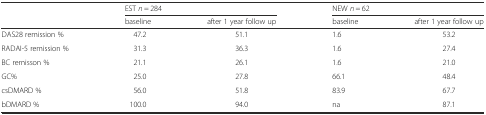
| <ROWSPAN=2>  | <COLSPAN=2> EST n = 284 | <COLSPAN=2> NEW n = 62 |
 | baseline | after 1 year follow up | baseline | after 1 year follow up |
 | --- | --- | --- | --- | --- |
 | DAS28 remission % | 47.2 | 51.1 | 1.6 | 53.2 |
 | RADAI-5 remission % | 31.3 | 36.3 | 1.6 | 27.4 |
 | BC remisson % | 21.1 | 26.1 | 1.6 | 21.0 |
 | GC% | 25.0 | 27.8 | 66.1 | 48.4 |
 | csDMARD % | 56.0 | 51.8 | 83.9 | 67.7 |
 | bDMARD % | 100.0 | 94.0 | na | 87.1 |